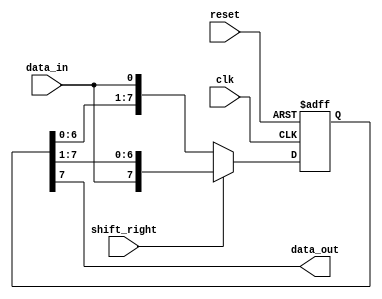
module bi_shift_register (
  input wire clk,
  input wire reset,
  input wire data_in,
  input wire shift_right,
  output reg data_out
);

reg [7:0] shift_reg;

always @ (posedge clk or posedge reset) begin
  if (reset) begin
    shift_reg <= 8'b0;
  end else begin
    if (shift_right) begin
      shift_reg <= {data_in, shift_reg[7:1]};
    end else begin
      shift_reg <= {shift_reg[6:0], data_in};
    end
  end
end

assign data_out = shift_reg[7];

endmodule